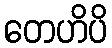
တေဟိပိ